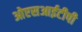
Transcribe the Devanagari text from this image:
ओएसआईटीपी